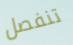
تنفصل